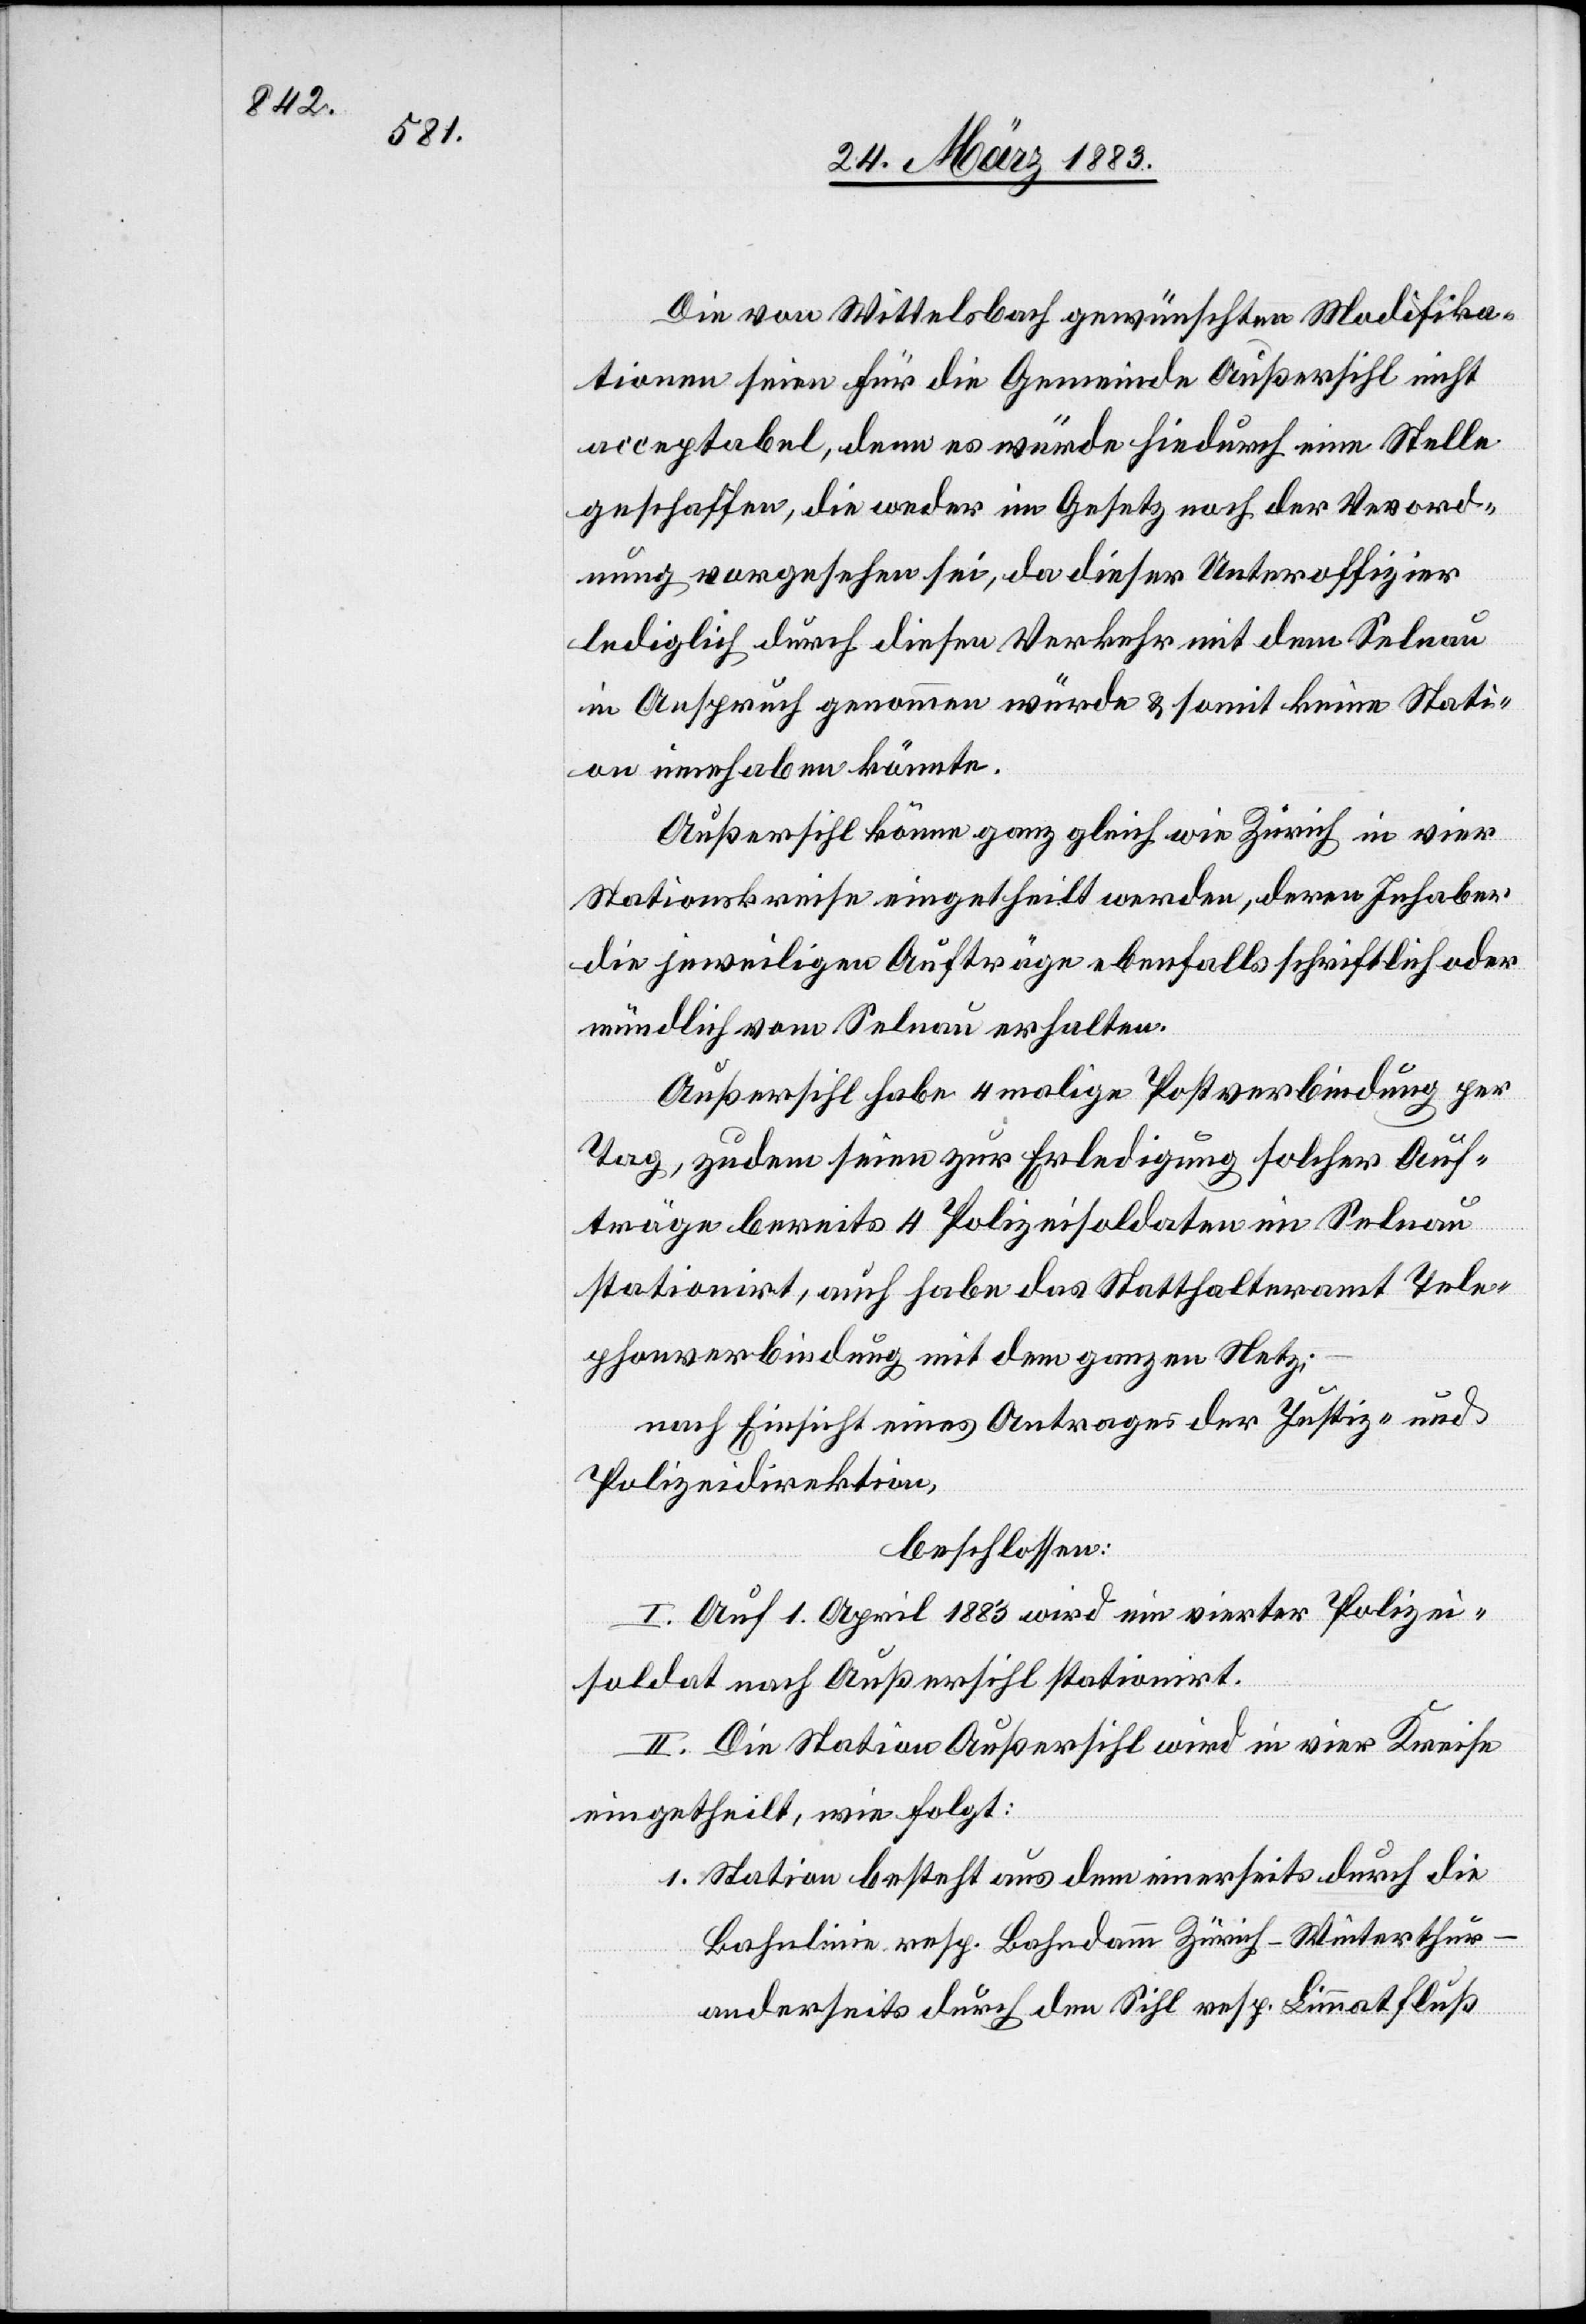
Die von Wittelsbach gewünschten Modifika¬
tionen seien für die Gemeinde Außersihl nicht
acceptabel, denn es würde hiedurch eine Stelle
geschaffen, die weder im Gesetz noch der Verord¬
nung vorgesehen sei, da dieser Unteroffizier
lediglich durch diesen Verkehr mit dem Selnau
in Anspruch genommen würde & somit keine Stati¬
on innehaben könnte.
Außersihl könne ganz gleich wie Zürich in vier
Stationskreise eingetheilt werden, deren Inhaber
die jeweiligen Aufträge ebenfalls schriftlich oder
mündlich vom Selnau erhalten.
Außersihl habe 4malige Postverbindung per
Tag, zudem seien zur Erledigung solcher Auf¬
träge bereits 4 Polizeisoldaten im Selnau
stationirt, auch habe das Statthalteramt Tele¬
phonverbindung mit dem ganzen Netz;
nach Einsicht eines Antrages der Justiz- &
Polizeidirektion,
beschlossen:
I. Auf 1. April 1883 wird ein vierter Polizei¬
soldat nach Außersihl stationirt.
II. Die Station Außersihl wird in vier Kreise
eingetheilt, wie folgt:
1. Station besteht aus dem einerseits durch die
Bahnlinie resp. Bahndamm Zürich–Winterthur –
anderseits durch den Sihl[-] resp. Limmatfluß